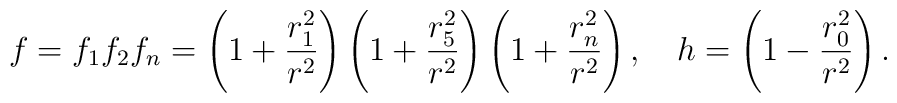
f = f_1 f_2 f_n = \left (1 + { r^2_1 \over r^2}\right )   \left (1 + { r^2_5 \over r^2}\right )   \left (1 + { r^2_n \over r^2}\right ),~~~h = \left (1 - { r^2_0 \over r^2}\right ).